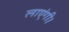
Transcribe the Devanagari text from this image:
लाएंगी।